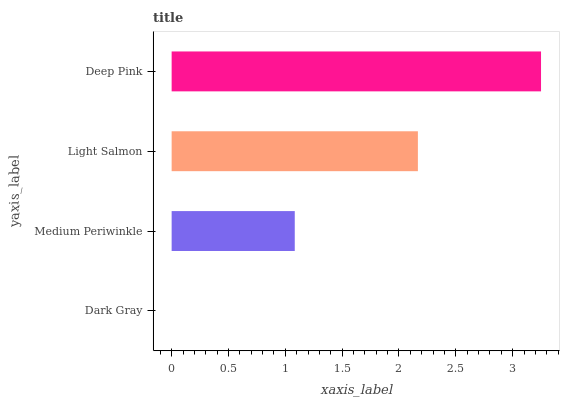
| yaxis_label | bars |
 | --- | --- |
 | Dark Gray | 0 |
 | Medium Periwinkle | 1.08 |
 | Light Salmon | 2.17 |
 | Deep Pink | 3.25 |